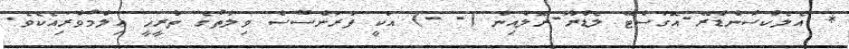
* އެލެކްސާންޑްރޭ-އޮގަސްޓޭ ލެޑްރޫ-ރޮލްއިން (- -) އަކީ ފަރަންސޭސް ވިލާތުގެ ތާރީޚީ ޢިލްމުވެރިއެކެވެ.